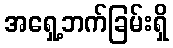
အရှေ့ဘက်ခြမ်းရှိ